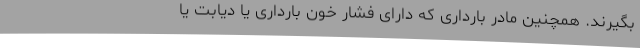
بگیرند. همچنین مادر بارداری که دارای فشار خون بارداری یا دیابت یا